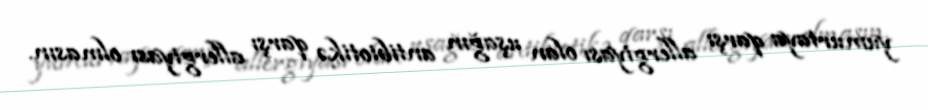
yumurtaya qarşı allergiyası olan uşağın antibiotikə qarşı allergiyası olmasın.